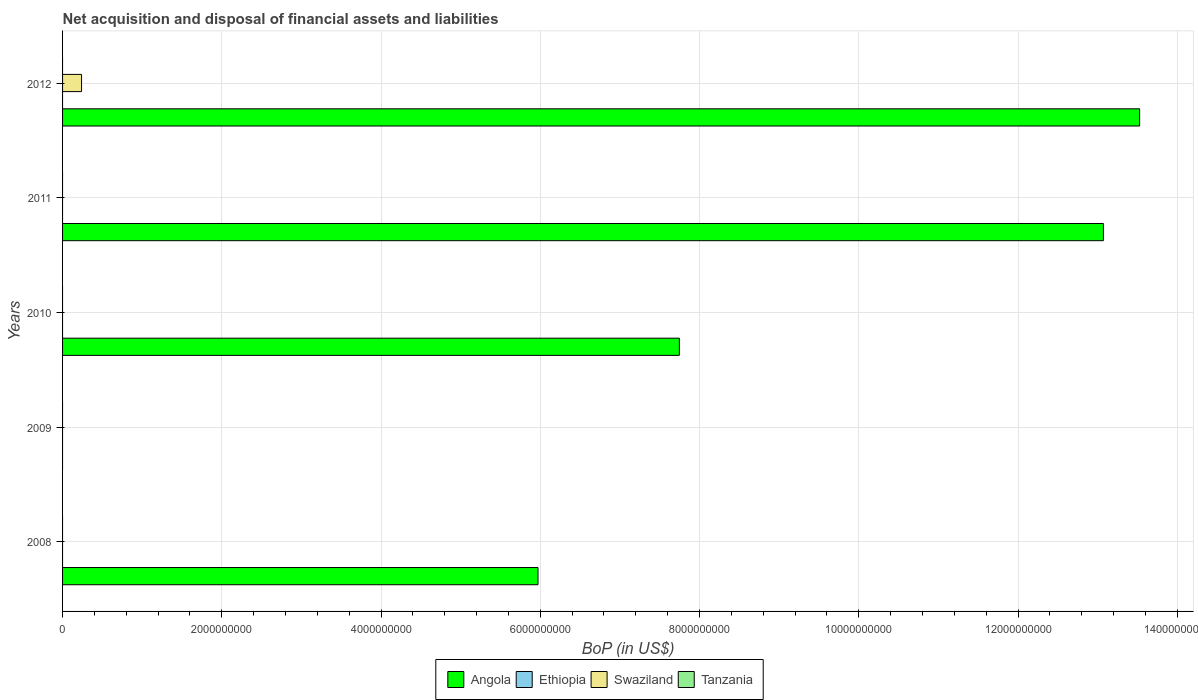
| Years | Angola | Ethiopia | Swaziland | Tanzania |
 | --- | --- | --- | --- | --- |
 | 2008 | 5.97e+09 | -3.56e+08 | -2.28e+08 | -2.44e+09 |
 | 2009 | -7.1e+09 | -2.69e+09 | -4.73e+08 | -1.62e+09 |
 | 2010 | 7.75e+09 | -3.5e+09 | -3.27e+08 | -2.72e+09 |
 | 2011 | 1.31e+10 | -2.59e+09 | -2.1e+08 | -3.62e+09 |
 | 2012 | 1.35e+10 | -3.45e+08 | 2.38e+08 | -3.55e+09 |